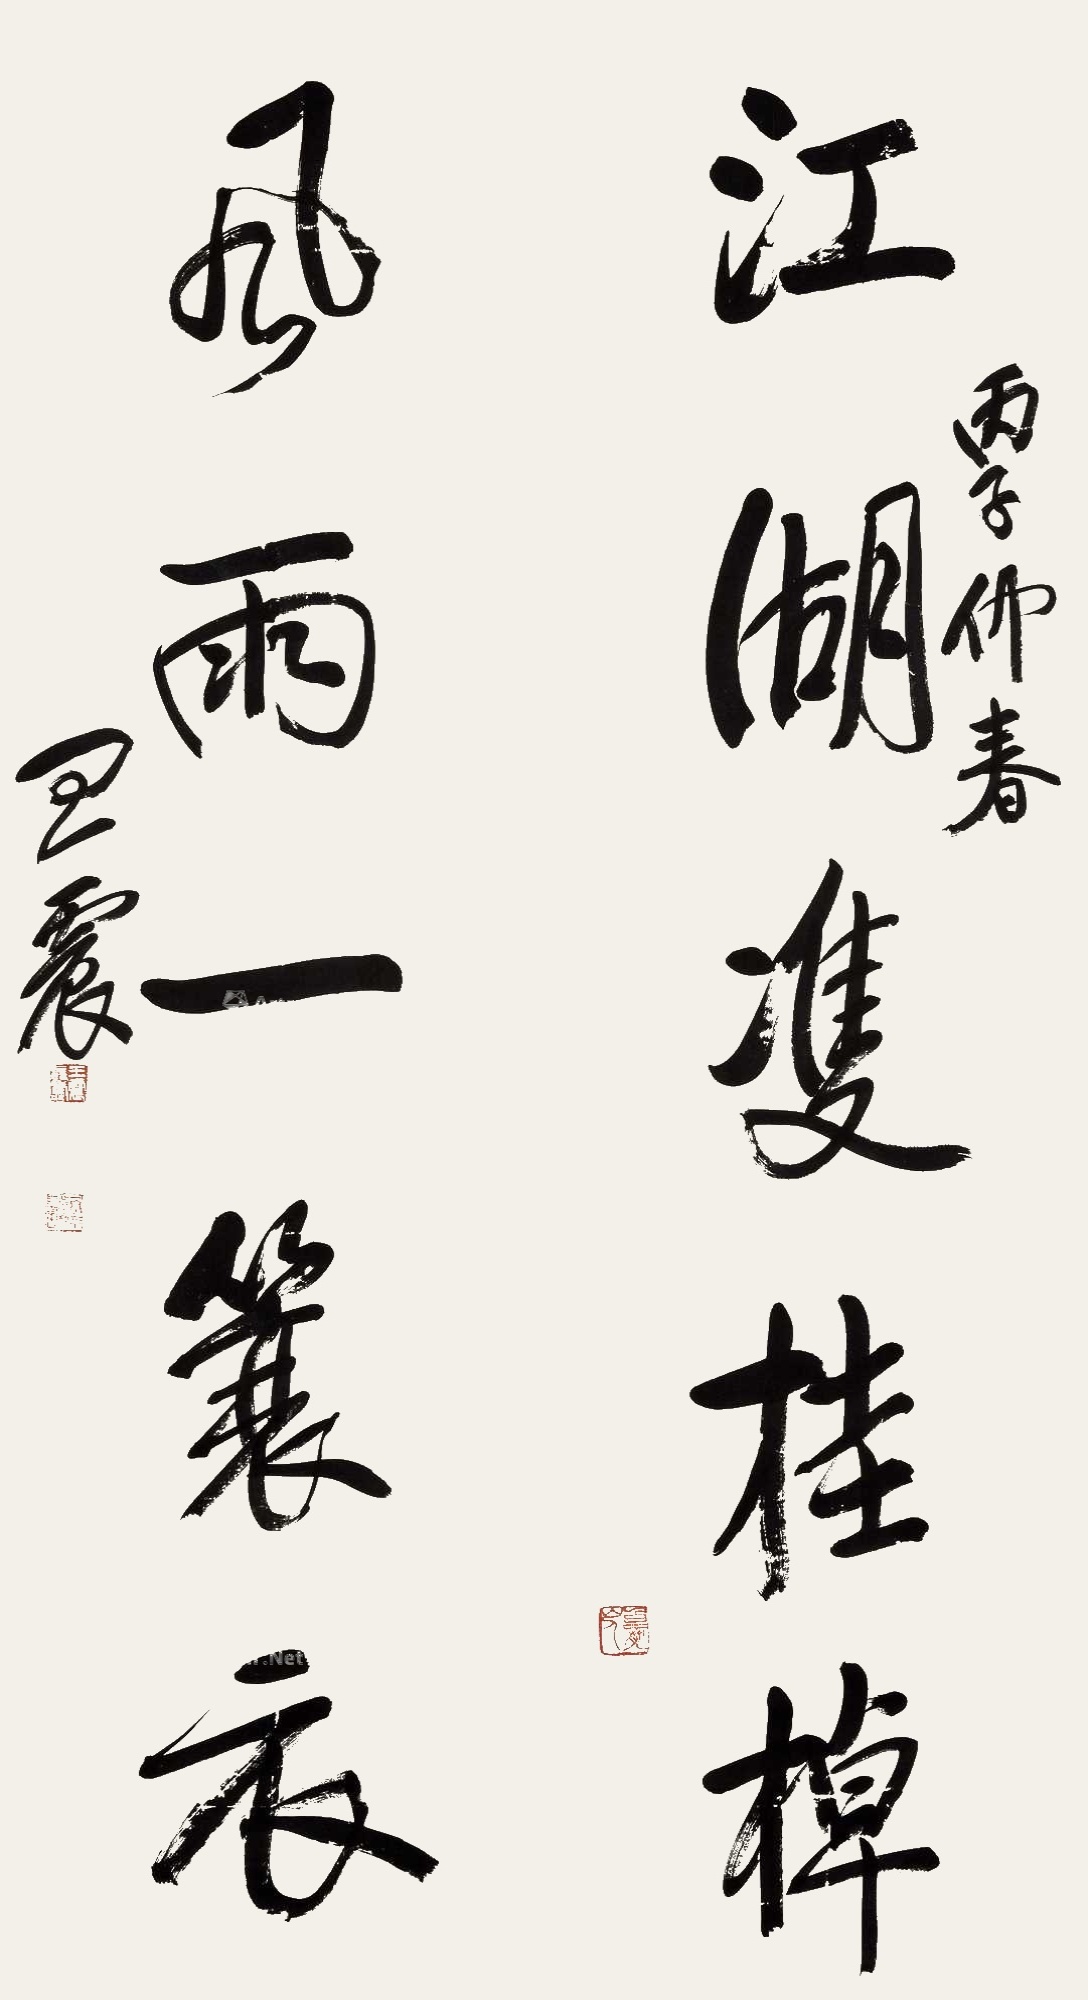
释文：江湖㕠桂棹，风雨一蓑衣。丙子仲春，王震。